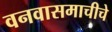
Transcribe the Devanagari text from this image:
वनवासमाचीचे